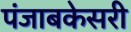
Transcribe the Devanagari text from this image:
पंजाबकेसरी